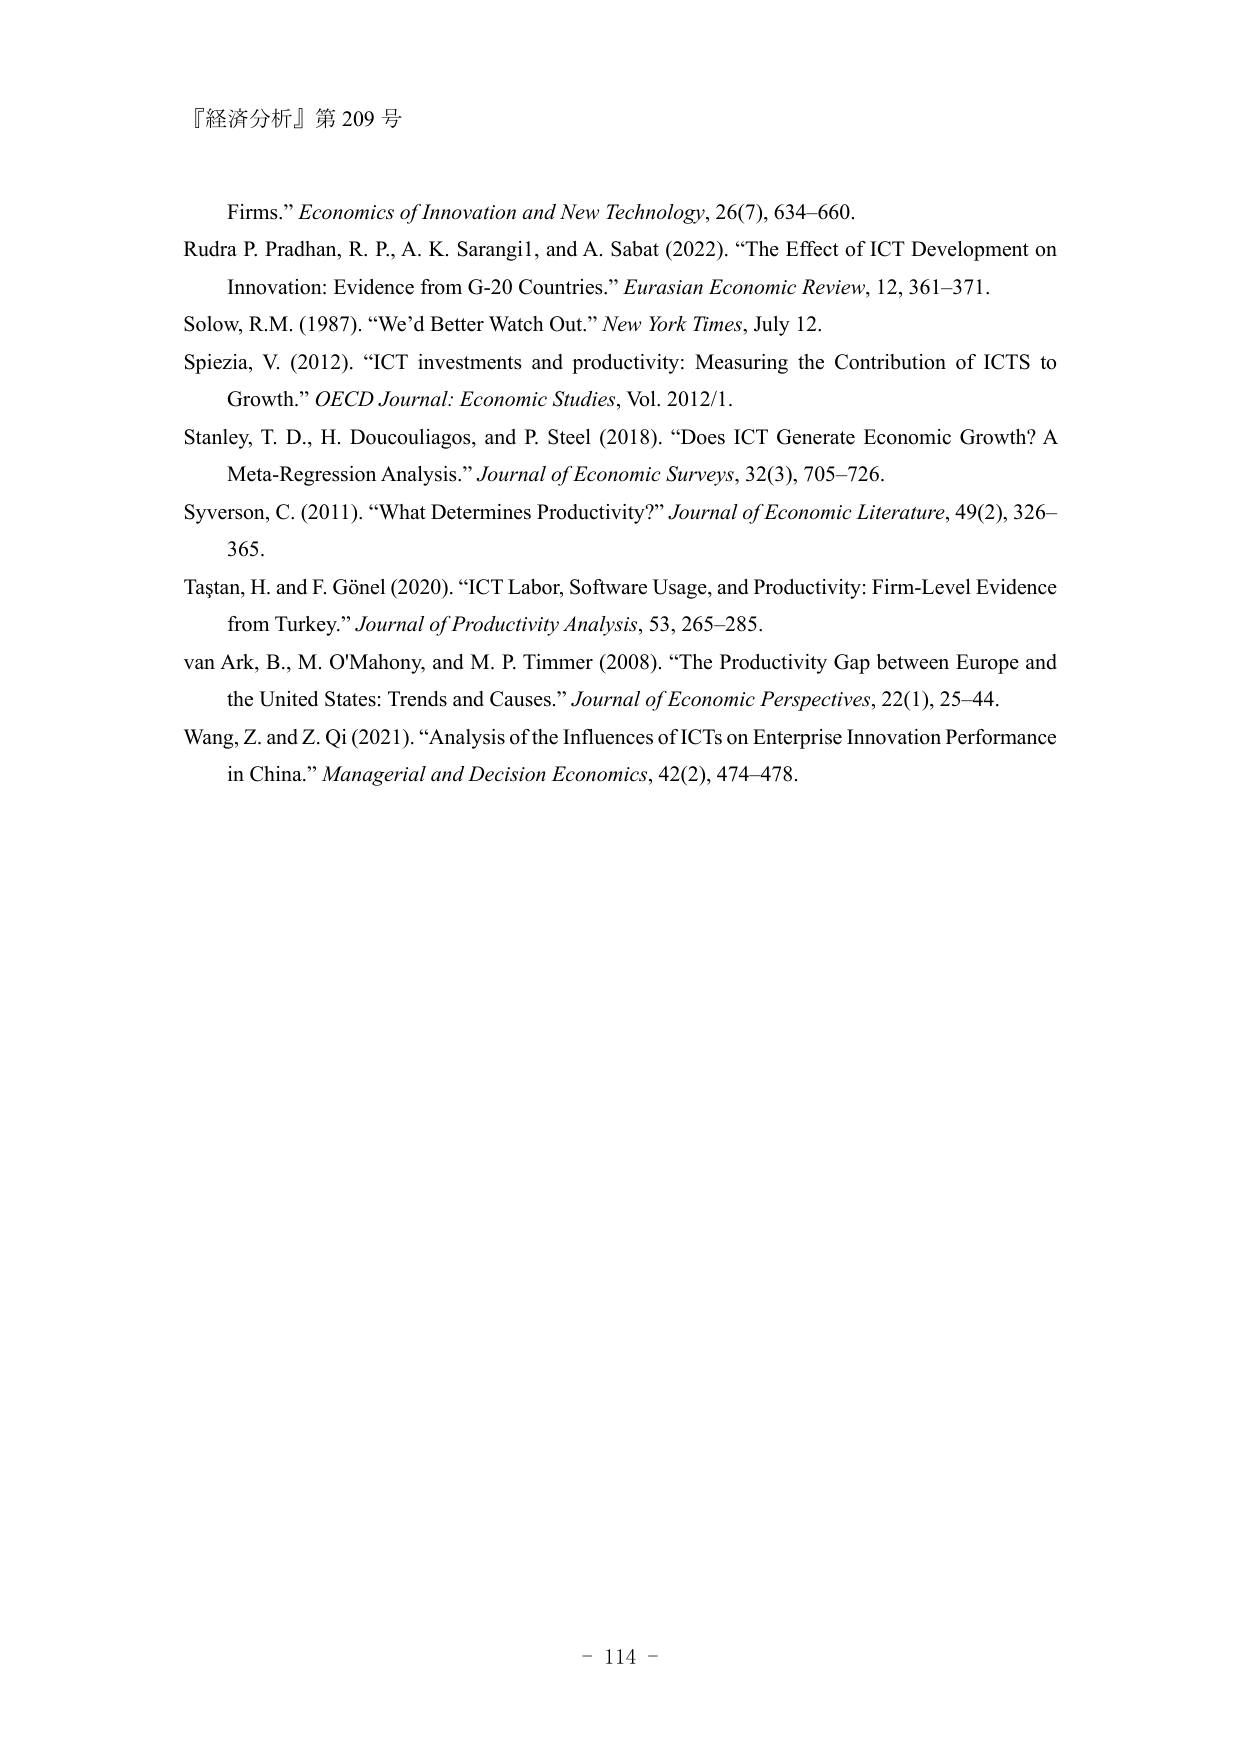
『経済分析』第 209 号

Firms.” Economics of Innovation and New Technology, 26(7), 634–660.
Rudra P. Pradhan, R. P., A. K. Sarangil, and A. Sabat (2022). “The Effect of ICT Development on Innovation: Evidence from G-20 Countries.” Eurasian Economic Review, 12, 361–371.
Solow, R.M. (1987). “We’d Better Watch Out.” New York Times, July 12.
Spiezia, V. (2012). “ICT investments and productivity: Measuring the Contribution of ICTS to Growth.” OECD Journal: Economic Studies, Vol. 2012/1.
Stanley, T. D., H. Doucouliagos, and P. Steel (2018). “Does ICT Generate Economic Growth? A Meta-Regression Analysis.” Journal of Economic Surveys, 32(3), 705–726.
Syverson, C. (2011). “What Determines Productivity?” Journal of Economic Literature, 49(2), 326–365.
Taştan, H. and F. Gön̈el (2020). “ICT Labor, Software Usage, and Productivity: Firm-Level Evidence from Turkey.” Journal of Productivity Analysis, 53, 265–285.
van Ark, B., M. O’Mahony, and M. P. Timmer (2008). “The Productivity Gap between Europe and the United States: Trends and Causes.” Journal of Economic Perspectives, 22(1), 25–44.
Wang, Z. and Z. Qi (2021). “Analysis of the Influences of ICTs on Enterprise Innovation Performance in China.” Managerial and Decision Economics, 42(2), 474–478.

– 114 –